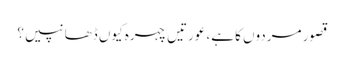
قصور مردوں کا ہے، عورتیں چہرہ کیوں ڈھانپیں؟